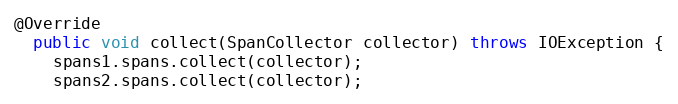
Language: Java
@Override
  public void collect(SpanCollector collector) throws IOException {
    spans1.spans.collect(collector);
    spans2.spans.collect(collector);